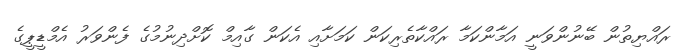
ރައްޔިތުން ބޭނުންވަނީ އަމާންކަމާ ރައްކާތެރިކަން ކަމަށާއި އެކަން ގާއިމް ކޮށްދިނުމުގެ ފެންވަރު އެމްޑީޕީގެ